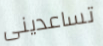
تساعدينى